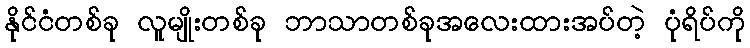
နိုင်ငံတစ်ခု လူမျိုးတစ်ခု ဘာသာတစ်ခုအလေးထားအပ်တဲ့ ပုံရိပ်ကို